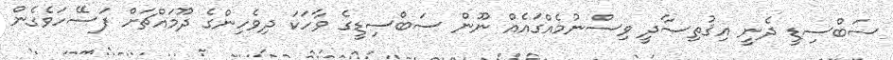
ސަބްސިޑީ ދެނީ އިޤުތިޞާދީ ވިސްނުމެއްގައެއް ނޫން ސަބްސިޑީގެ ވާހަކަ ދިވެހިންގެ ދޫމައްޗަށް ފަސޭހަވެގެން